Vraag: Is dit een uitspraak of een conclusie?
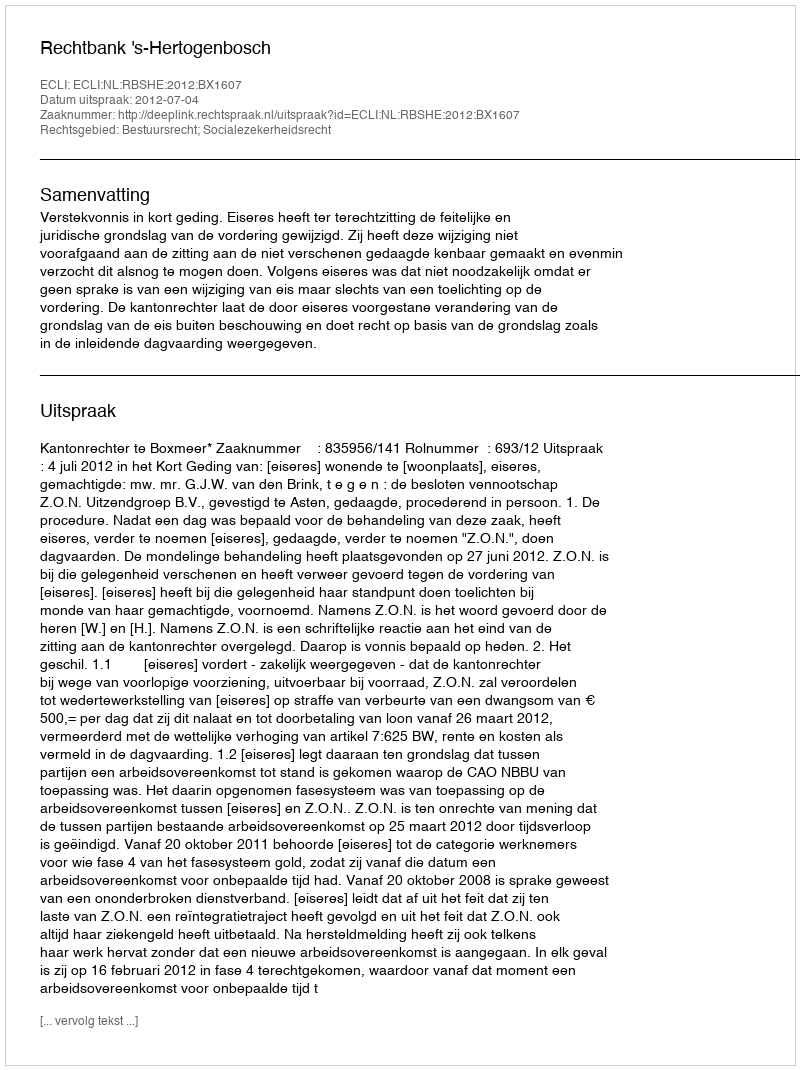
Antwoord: Uitspraak